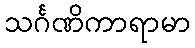
သင်္ဂဏိကာရာမာ